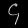
Digit: ၄